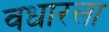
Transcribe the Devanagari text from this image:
वधारला